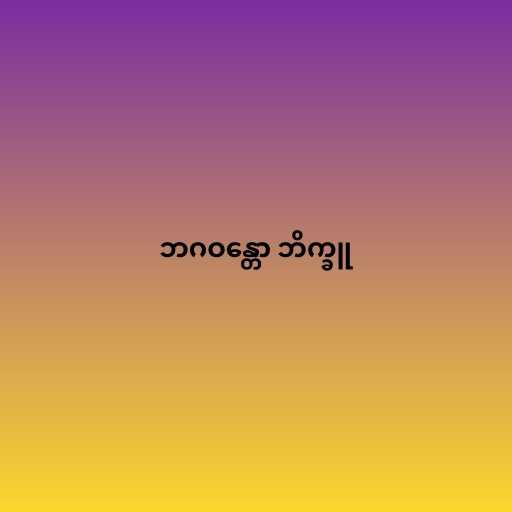
ဘဂဝန္တော ဘိက္ခူ